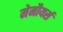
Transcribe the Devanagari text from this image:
मेमौयर्स